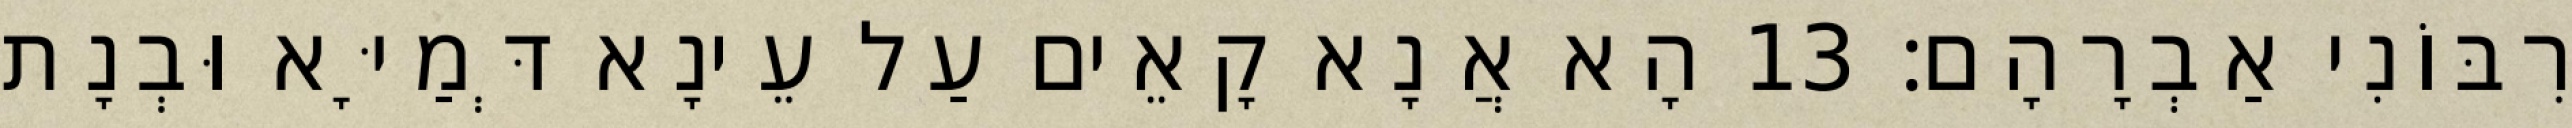
רִבּוֹנִי אַבְרָהָם׃ 13 הָא אֲנָא קָאֵים עַל עֵינָא דְּמַיָּא וּבְנָת